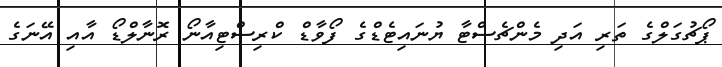
ޕޯޗުގަލްގެ ތަރި އަދި މެންޗެސްޓާ ޔުނައިޓެޑްގެ ފޯވާޑް ކްރިސްޓިއާނޯ ރޮނާލްޑޯ އާއި އޭނަގެ